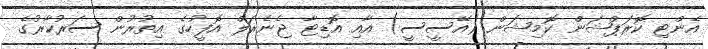
އެންޓި ކޮރަޕްޝަން ކޮމިޝަން (އޭސީސީ) އާއި އޮޑިޓާ ޖެނެރަލް އޮފީހުގެ އިތުރުން ސަރުކާރުގެ